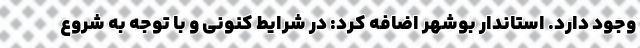
وجود دارد. استاندار بوشهر اضافه کرد: در شرایط کنونی و با توجه به شروع